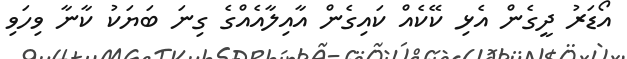
އޯޑަރު ދީގެން އެޅި ކޭކެއް ކައިގެން އާއިލާއެއްގެ ގިނަ ބަޔަކު ކާނާ ވިހަވި